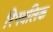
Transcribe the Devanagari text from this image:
रिपबलिक